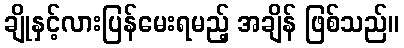
ချိုနှင့်လားပြန်မေးရမည့် အချိန် ဖြစ်သည်။